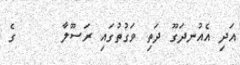
އަދި އެއުނދަގޫ ދަތި ވަގުތުގައި ރަސޫލާ     ގެ